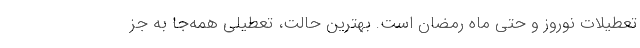
تعطیلات نوروز و حتی ماه رمضان است. بهترین حالت، تعطیلی همه‌جا به جز